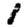
Digit: 1